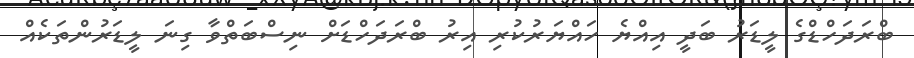
ބްރަދަހްޑްގެ ލީޑަރު ބަދީ އިއްޔެ ހައްޔަރުކުރި އިރު ބްރަދަހްޑަށް ނިސްބަތްވާ ގިނަ ލީޑަރުންތަކެއް